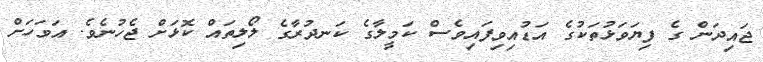
ޖައިދަން ގެ ފިޔަވަޅުތަކުގެ އަޑުއިވިފައިވެސް ކަމީލާގެ ކަނދުރާގެ ލޯލިތައް ކޮޅަށް ޖެހުނެވެ. އަވަހަށް